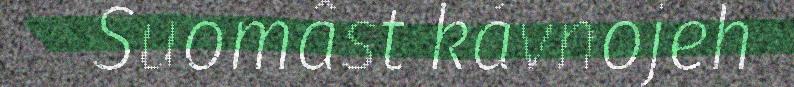
Suomâst kávnojeh